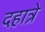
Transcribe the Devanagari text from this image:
दहात्रे